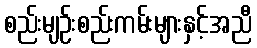
စည်းမျဉ်းစည်းကမ်းများနှင့်အညီ